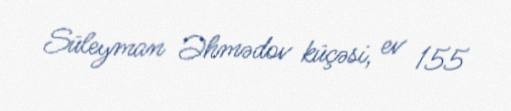
Süleyman Əhmədov küçəsi, ev 155